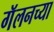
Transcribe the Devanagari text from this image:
गॅलनच्या